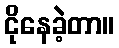
ငိုနေခဲ့တာ။